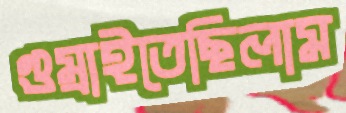
গুম্‌রাইতেছিলাম